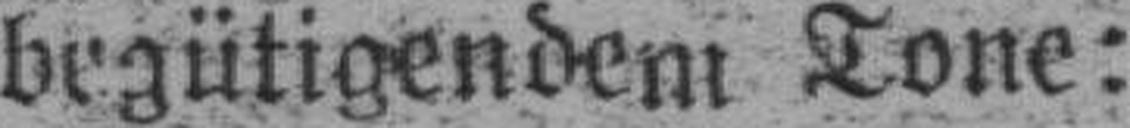
begütigendem Tone: